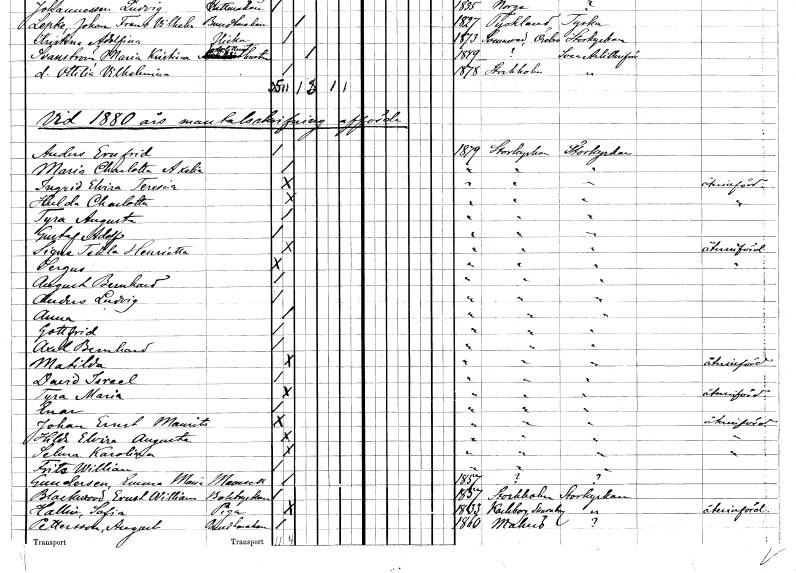
gt_parse: households: individuals: FN: Anders Ernfrid
KON: M
CIV: O
FODAR: 1879
FODFORS: Storkyrkoförsamlingen Stockholms stad
FN: Maria Charlotta Axelia
KON: K
CIV: O
FODAR: 1879
FODFORS: Storkyrkoförsamlingen Stockholms stad
FN: Ingrid Elvira Teresia
KON: K
CIV: O
FODAR: 1879
FODFORS: Storkyrkoförsamlingen Stockholms stad
FN: Hulda Charlotta
KON: K
CIV: O
FODAR: 1879
FODFORS: Storkyrkoförsamlingen Stockholms stad
FN: Tyra Augusta
KON: K
CIV: O
FODAR: 1879
FODFORS: Storkyrkoförsamlingen Stockholms stad
FN: Gustaf Adolf
KON: M
CIV: O
FODAR: 1879
FODFORS: Storkyrkoförsamlingen Stockholms stad
FN: Signe Tekla Henrietta
KON: K
CIV: O
FODAR: 1879
FODFORS: Storkyrkoförsamlingen Stockholms stad
FN: Sergus
KON: M
CIV: O
FODAR: 1879
FODFORS: Storkyrkoförsamlingen Stockholms stad
FN: August Bernhard
KON: M
CIV: O
FODAR: 1879
FODFORS: Storkyrkoförsamlingen Stockholms stad
FN: Anders Ludvig
KON: M
CIV: O
FODAR: 1879
FODFORS: Storkyrkoförsamlingen Stockholms stad
FN: Anna
KON: K
CIV: O
FODAR: 1879
FODFORS: Storkyrkoförsamlingen Stockholms stad
FN: Gottfrid
KON: M
CIV: O
FODAR: 1879
FODFORS: Storkyrkoförsamlingen Stockholms stad
FN: Axel Bernhard
KON: M
CIV: O
FODAR: 1879
FODFORS: Storkyrkoförsamlingen Stockholms stad
FN: Matilda
KON: K
CIV: O
FODAR: 1879
FODFORS: Storkyrkoförsamlingen Stockholms stad
FN: David Israel
KON: M
CIV: O
FODAR: 1879
FODFORS: Storkyrkoförsamlingen Stockholms stad
FN: Tyra Maria
KON: K
CIV: O
FODAR: 1879
FODFORS: Storkyrkoförsamlingen Stockholms stad
FN: Enar
KON: M
CIV: O
FODAR: 1879
FODFORS: Storkyrkoförsamlingen Stockholms stad
FN: Johan Ernst Maurits
KON: M
CIV: O
FODAR: 1879
FODFORS: Storkyrkoförsamlingen Stockholms stad
FN: Hilda Elvira Augusta
KON: K
CIV: O
FODAR: 1879
FODFORS: Storkyrkoförsamlingen Stockholms stad
FN: Selma Karolina
KON: K
CIV: O
FODAR: 1879
FODFORS: Storkyrkoförsamlingen Stockholms stad
FN: Fritz William
KON: M
CIV: O
FODAR: 1879
FODFORS: Storkyrkoförsamlingen Stockholms stad
FN: Emma Maria
EN: Gundersen
KON: K
CIV: O
FODAR: 1857
FN: Ernst William
EN: Blackwood
YRKE: Boktryckare
KON: M
CIV: O
FODAR: 1857
FODFORS: Stockholm
FN: Sofia
EN: Hallin
YRKE: Piga
KON: K
CIV: O
FODAR: 1833
FODFORS: Karleby Skaraborgs län
FN: August
EN: Pettersson
YRKE: Buntmakare
KON: M
CIV: O
FODAR: 1860
FODFORS: Malmö Malmöhus län